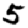
Digit: 5